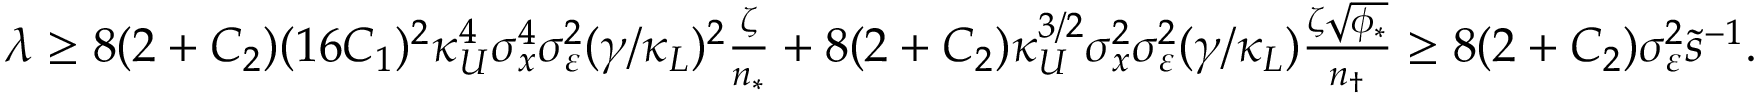
\begin{array} { r } { \lambda \ge 8 ( 2 + C _ { 2 } ) ( 1 6 C _ { 1 } ) ^ { 2 } \kappa _ { U } ^ { 4 } \sigma _ { x } ^ { 4 } \sigma _ { \varepsilon } ^ { 2 } ( \gamma / \kappa _ { L } ) ^ { 2 } \frac { \zeta } { n _ { * } } + 8 ( 2 + C _ { 2 } ) \kappa _ { U } ^ { 3 / 2 } \sigma _ { x } ^ { 2 } \sigma _ { \varepsilon } ^ { 2 } ( \gamma / \kappa _ { L } ) \frac { \zeta \sqrt { \phi _ { * } } } { n _ { \dagger } } \ge 8 ( 2 + C _ { 2 } ) \sigma _ { \varepsilon } ^ { 2 } \tilde { s } ^ { - 1 } . } \end{array}